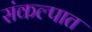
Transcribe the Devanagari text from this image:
संकल्पात